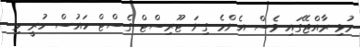
މުޅި ރާއްޖޭގައި ވެސް އެންމެ ގިނަ ޓޫރިސްޓް ގެސްޓް ހައުސް ހުރީ މި